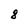
Character: 8